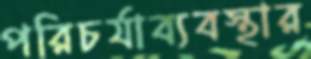
পরিচর্যাব্যবস্থার